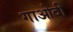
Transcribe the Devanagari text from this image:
गाओदी